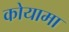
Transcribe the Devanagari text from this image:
कोयामा